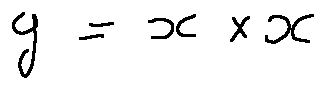
y = x \times x